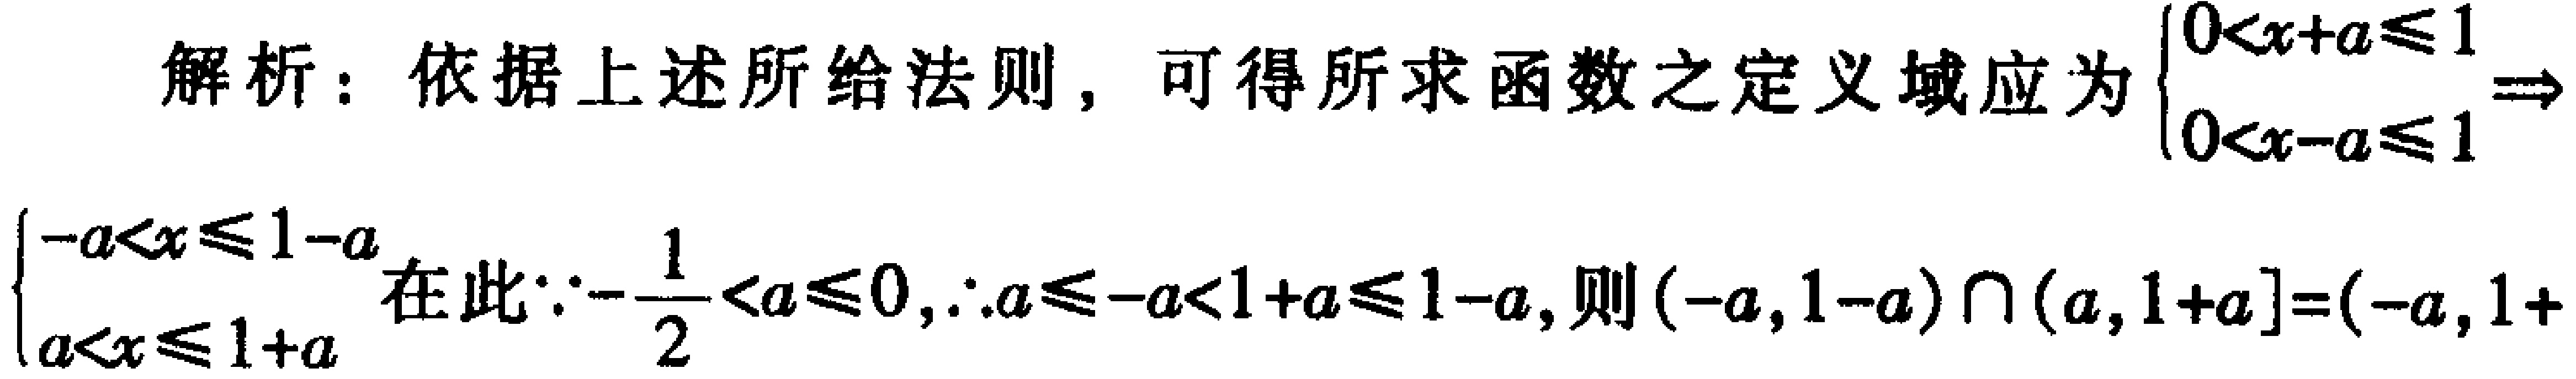
解析：依据上述所给法则，可得所求函数之定义域应为$\begin{cases}0<x + a\leqslant1\\0<x - a\leqslant1\end{cases}\Rightarrow\begin{cases}-a<x\leqslant1 - a\\a<x\leqslant1 + a\end{cases}$在此$\because-\frac{1}{2}<a\leqslant0,\therefore a\leqslant - a<1 + a\leqslant1 - a$, 则$(-a,1 - a)\cap(a,1 + a]=(-a,1 + a]$